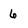
Character: 6